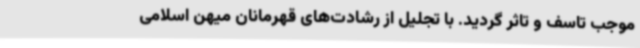
موجب تاسف و تاثر گردید. با تجلیل از رشادت‌های قهرمانان‌ ‌میهن اسلامی